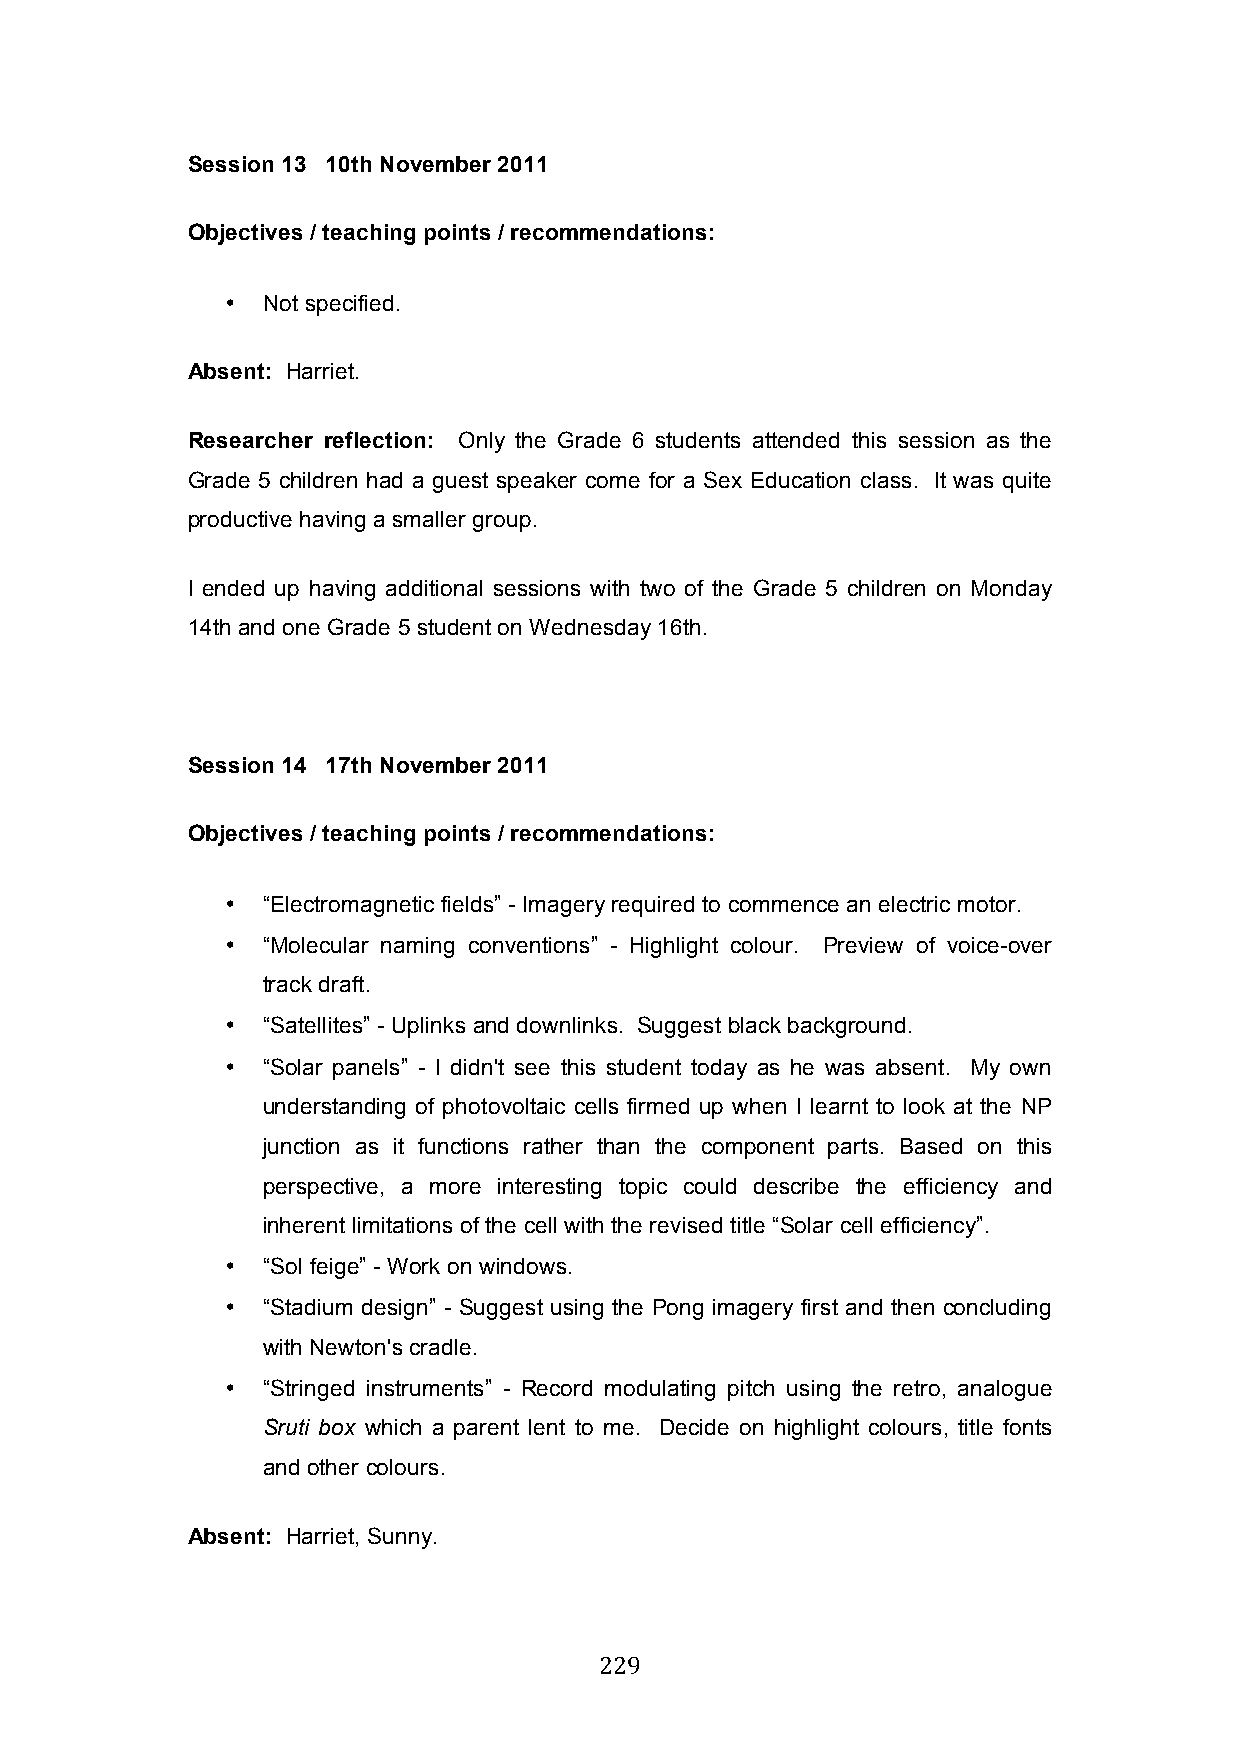
Session 13 10th November 2011
 Objectives / teaching points / recommendations:
 • Not specified.
 Absent: Harriet.
 Researcher reflection: Only the Grade 6 students attended this session as the
 Grade 5 children had a guest speaker come for a Sex Education class. It was quite
 productive having a smaller group.
 I ended up having additional sessions with two of the Grade 5 children on Monday
 14th and one Grade 5 student on Wednesday 16th.
 Session 14 17th November 2011
 Objectives / teaching points / recommendations:
 • “Electromagnetic fields” - Imagery required to commence an electric motor.
 • “Molecular naming conventions” - Highlight colour. Preview of voice-over
 track draft.
 • “Satellites” - Uplinks and downlinks. Suggest black background.
 • “Solar panels” - I didn't see this student today as he was absent. My own
 understanding of photovoltaic cells firmed up when I learnt to look at the NP
 junction as it functions rather than the component parts. Based on this
 perspective, a more interesting topic could describe the efficiency and
 inherent limitations of the cell with the revised title “Solar cell efficiency”.
 • “Sol feige” - Work on windows.
 • “Stadium design” - Suggest using the Pong imagery first and then concluding
 with Newton's cradle.
 • “Stringed instruments” - Record modulating pitch using the retro, analogue
 Sruti box which a parent lent to me. Decide on highlight colours, title fonts
 and other colours.
 Absent: Harriet, Sunny.
 229